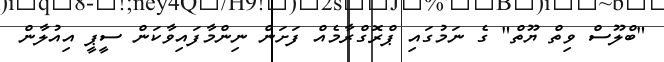
"ބްލޫސް ވިތް ޔޫތް" ގެ ނަމުގައި ޕްރޮގްރާމެއް ފަށަން ނިންމާފައިވާކަން ސީޕީ އިއުލާން